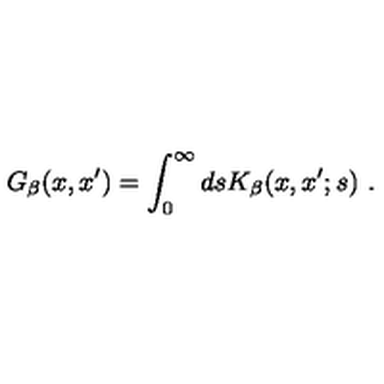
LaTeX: G _ { \beta } ( x , x ^ { \prime } ) = \int _ { 0 } ^ { \infty } d s K _ { \beta } ( x , x ^ { \prime } ; s ) \ .